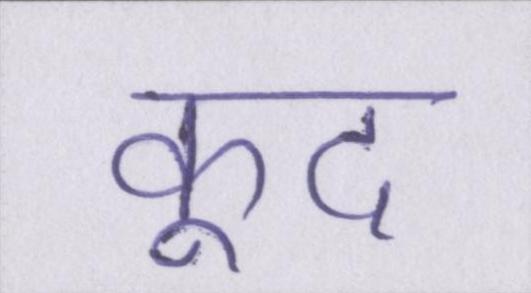
कूद